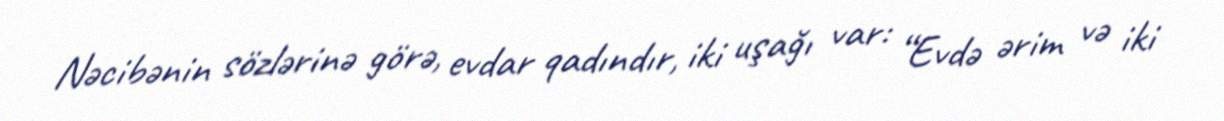
Nəcibənin sözlərinə görə, evdar qadındır, iki uşağı var: “Evdə ərim və iki